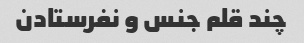
چند قلم جنس و نفرستادن